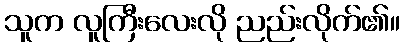
သူက လူကြီးလေးလို ညည်းလိုက်၏။